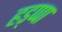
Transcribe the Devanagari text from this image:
हड्प्पा